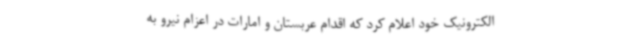
الکترونیک خود اعلام کرد که اقدام عربستان و امارات در اعزام نیرو به